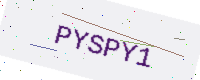
Text: PYSPY1